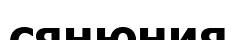
сянюния